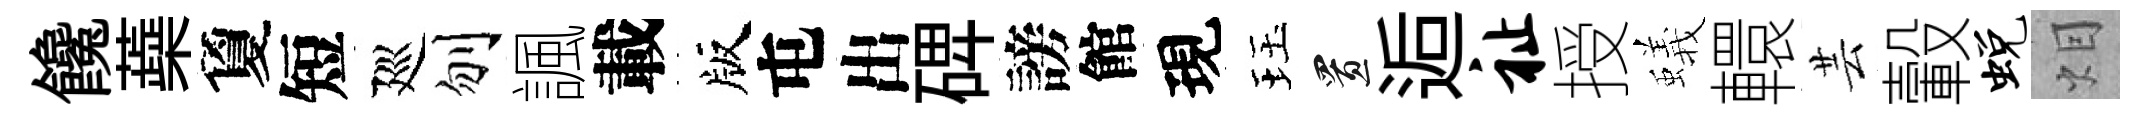
饞蘃夐短廵刎諷載版屯出𥓓謗館現珏置逅祉授蟻轘芸轂蜕𤇆